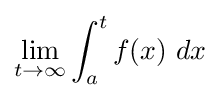
\lim _{t\to \infty }\int _{a}^{t}f(x)\ dx